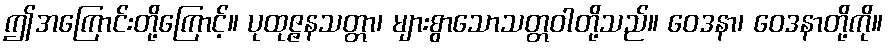
ဤအကြောင်းတို့ကြောင့်။ ပုထုဇ္ဇနသတ္တာ၊ များစွာသောသတ္တဝါတို့သည်။ ဝေဒနာ၊ ဝေဒနာတို့ကို။